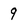
Character: 9